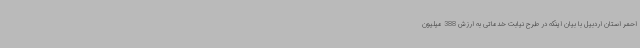
احمر استان اردبیل با بیان اینکه در طرح نیابت خدماتی به ارزش 388 میلیون